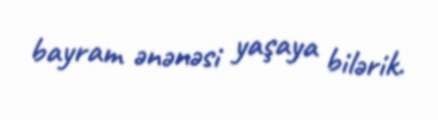
bayram ənənəsi yaşaya bilərik.